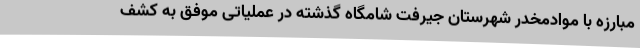
مبارزه با موادمخدر شهرستان جیرفت شامگاه گذشته در عملیاتی موفق به کشف